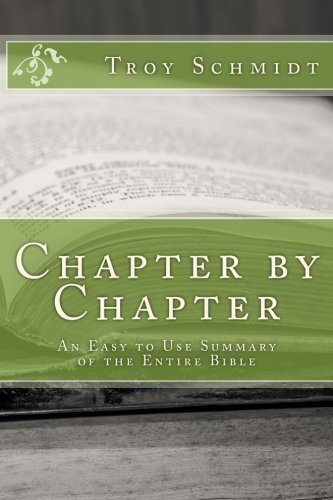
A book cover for Chapter by Chapter: An Easy to Use Summary of the Entire Bible; Troy Schmidt; Christian Books & Bibles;